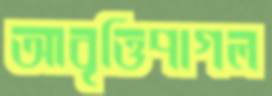
আবৃত্তিপাগল